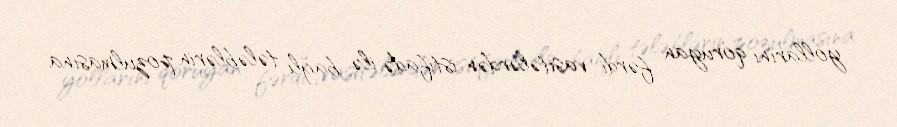
yollarını qoruyan fərdi vasitələrdən istifadə ilə bağlı tələblərin pozulmasına